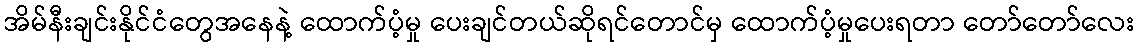
အိမ်နီးချင်းနိုင်ငံတွေအနေနဲ့ ထောက်ပံ့မှု ပေးချင်တယ်ဆိုရင်တောင်မှ ထောက်ပံ့မှုပေးရတာ တော်တော်လေး